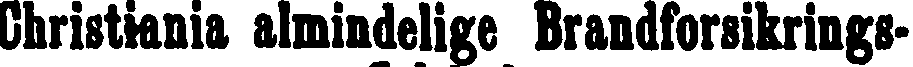
Christiania almindelige Brandforsikrings-